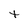
Character: t